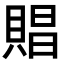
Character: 𧶧